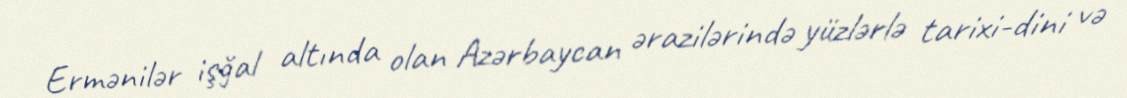
Ermənilər işğal altında olan Azərbaycan ərazilərində yüzlərlə tarixi-dini və